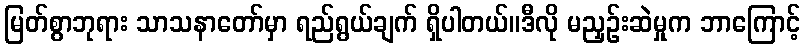
မြတ်စွာဘုရား သာသနာတော်မှာ ရည်ရွယ်ချက် ရှိပါတယ်။ဒီလို မညှဉ်းဆဲမှုက ဘာကြောင့်